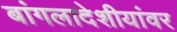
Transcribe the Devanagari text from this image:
बांगलादेशीयांवर